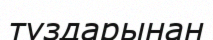
тұздарынан